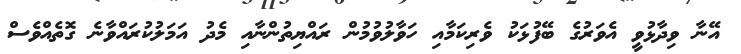
އޭނާ ވިދާޅުވީ އެވަރުގެ ބޭފުޅަކު ވެރިކަމާއި ހަވާލުވުމުން ރައްޔިތުންނާއި މެދު އަމަލުކުރައްވާނެ ގޮތެއްވެސް